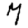
Digit: 7